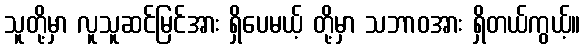
သူတို့မှာ လူသူဆင်မြင်အား ရှိပေမယ့် တို့မှာ သဘာဝအား ရှိတယ်ကွယ့်။